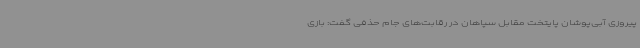
پیروزی آبی‌پوشان پایتخت مقابل سپاهان در رقابت‌های جام حذفی گفت:‌ بازی